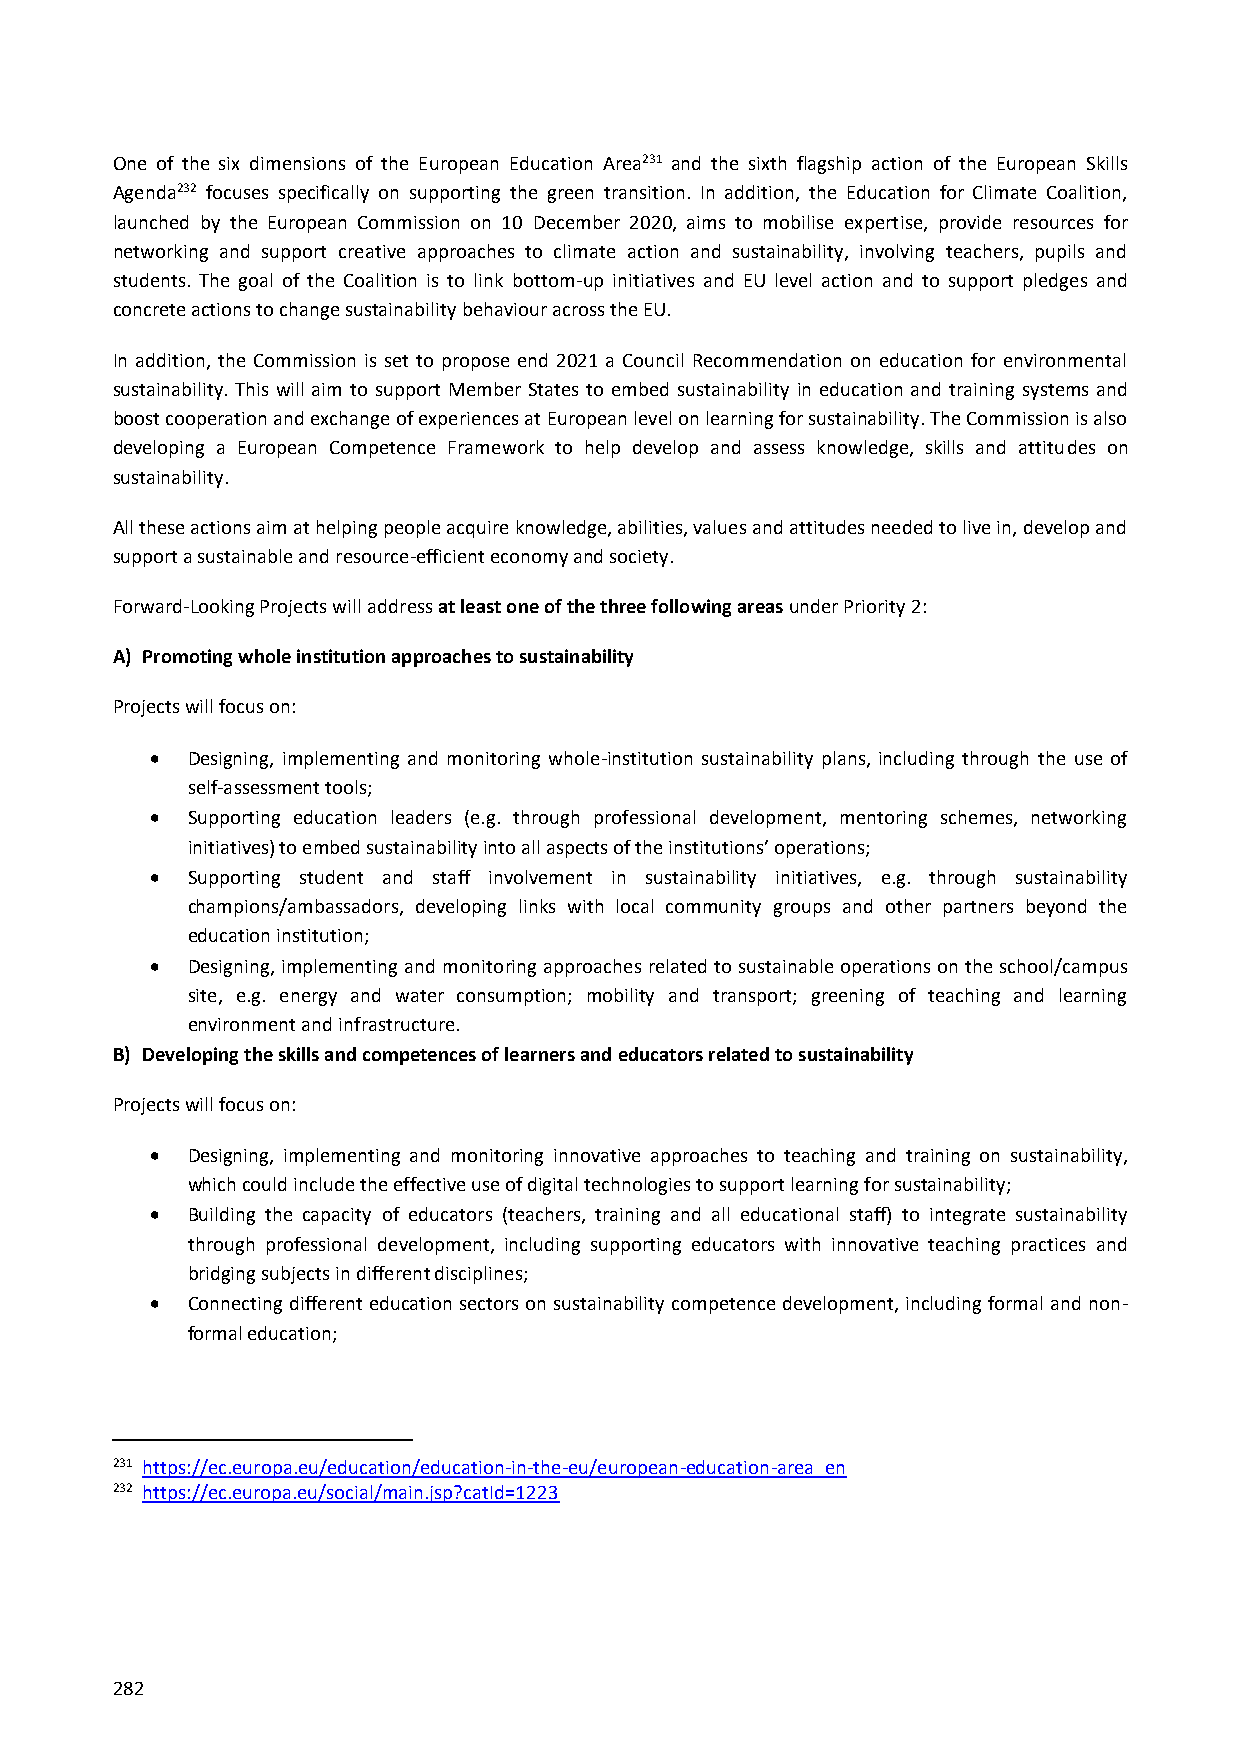
One of the six dimensions of the European Education Area231 and the sixth flagship action of the European Skills
 Agenda232 focuses specifically on supporting the green transition. In addition, the Education for Climate Coalition,
 launched by the European Commission on 10 December 2020, aims to mobilise expertise, provide resources for
 networking and support creative approaches to climate action and sustainability, involving teachers, pupils and
 students. The goal of the Coalition is to link bottom-up initiatives and EU level action and to support pledges and
 concrete actions to change sustainability behaviour across the EU.
 In addition, the Commission is set to propose end 2021 a Council Recommendation on education for environmental
 sustainability. This will aim to support Member States to embed sustainability in education and training systems and
 boost cooperation and exchange of experiences at European level on learning for sustainability. The Commission is also
 developing a European Competence Framework to help develop and assess knowledge, skills and attitudes on
 sustainability.
 All these actions aim at helping people acquire knowledge, abilities, values and attitudes needed to live in, develop and
 support a sustainable and resource-efficient economy and society.
 Forward-Looking Projects will address at least one of the three following areas under Priority 2:
 A) Promoting whole institution approaches to sustainability
 Projects will focus on:
  Designing, implementing and monitoring whole-institution sustainability plans, including through the use of
 self-assessment tools;
  Supporting education leaders (e.g. through professional development, mentoring schemes, networking
 initiatives) to embed sustainability into all aspects of the institutions’ operations;
  Supporting student and staff involvement in sustainability initiatives, e.g. through sustainability
 champions/ambassadors, developing links with local community groups and other partners beyond the
 education institution;
  Designing, implementing and monitoring approaches related to sustainable operations on the school/campus
 site, e.g. energy and water consumption; mobility and transport; greening of teaching and learning
 environment and infrastructure.
 B) Developing the skills and competences of learners and educators related to sustainability
 Projects will focus on:
  Designing, implementing and monitoring innovative approaches to teaching and training on sustainability,
 which could include the effective use of digital technologies to support learning for sustainability;
  Building the capacity of educators (teachers, training and all educational staff) to integrate sustainability
 through professional development, including supporting educators with innovative teaching practices and
 bridging subjects in different disciplines;
  Connecting different education sectors on sustainability competence development, including formal and non-
 formal education;
 231 https://ec.europa.eu/education/education-in-the-eu/european-education-area_en
 232 https://ec.europa.eu/social/main.jsp?catId=1223
 282